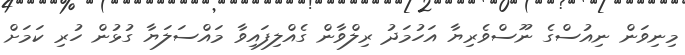
މިނިވަން ނިއުސްގެ ނޫސްވެރިޔާ އަހުމަދު ރިލްވާން ގެއްލިފައިވާ މައްސަލަޔާ ގުޅުން ހުރި ކަމަށް